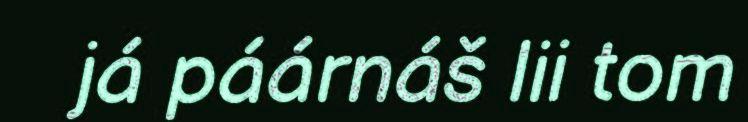
já páárnáš lii tom